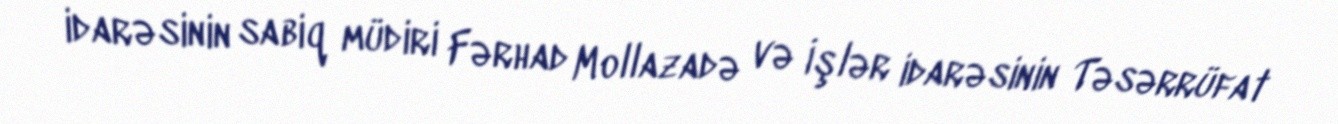
idarəsinin sabiq müdiri Fərhad Mollazadə və İşlər idarəsinin Təsərrüfat